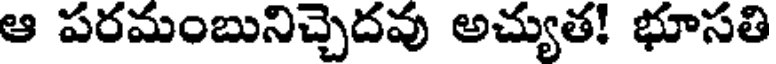
ఆ పరమంబునిచ్చెదవు అచ్యుత! భూసతి